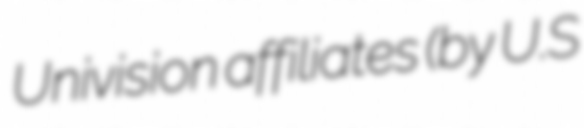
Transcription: Univision affiliates (by U.S